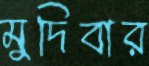
মুদিবার